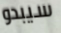
سيبدو